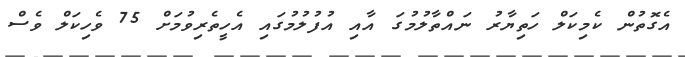
އެގޮތުން ކެމިކަލް ހަތިޔާރު ނައްތާލުމުގަ އާއި އުފުލުމުގައި އެހީތެރިވުމަށް 75 ވެހިކަލް ވެސް